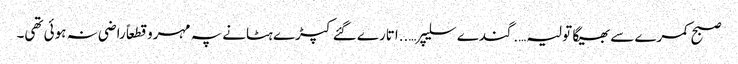
صبح کمرے سے بھیگا تولیہ….گندے سلیپر…..اتارے گئے کپڑے ہٹانے پہ مہرو قطعاً راضی نہ ہوئی تھی۔